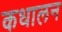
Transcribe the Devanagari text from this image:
कधालन